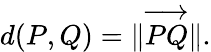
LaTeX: d(P,Q)=\| {\overrightarrow{PQ}}\| .